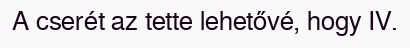
A cserét az tette lehetővé, hogy IV.